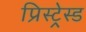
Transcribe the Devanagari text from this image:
प्रिस्ट्रेस्ड